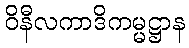
ဝိနီလကာဒိကမ္မဋ္ဌာန